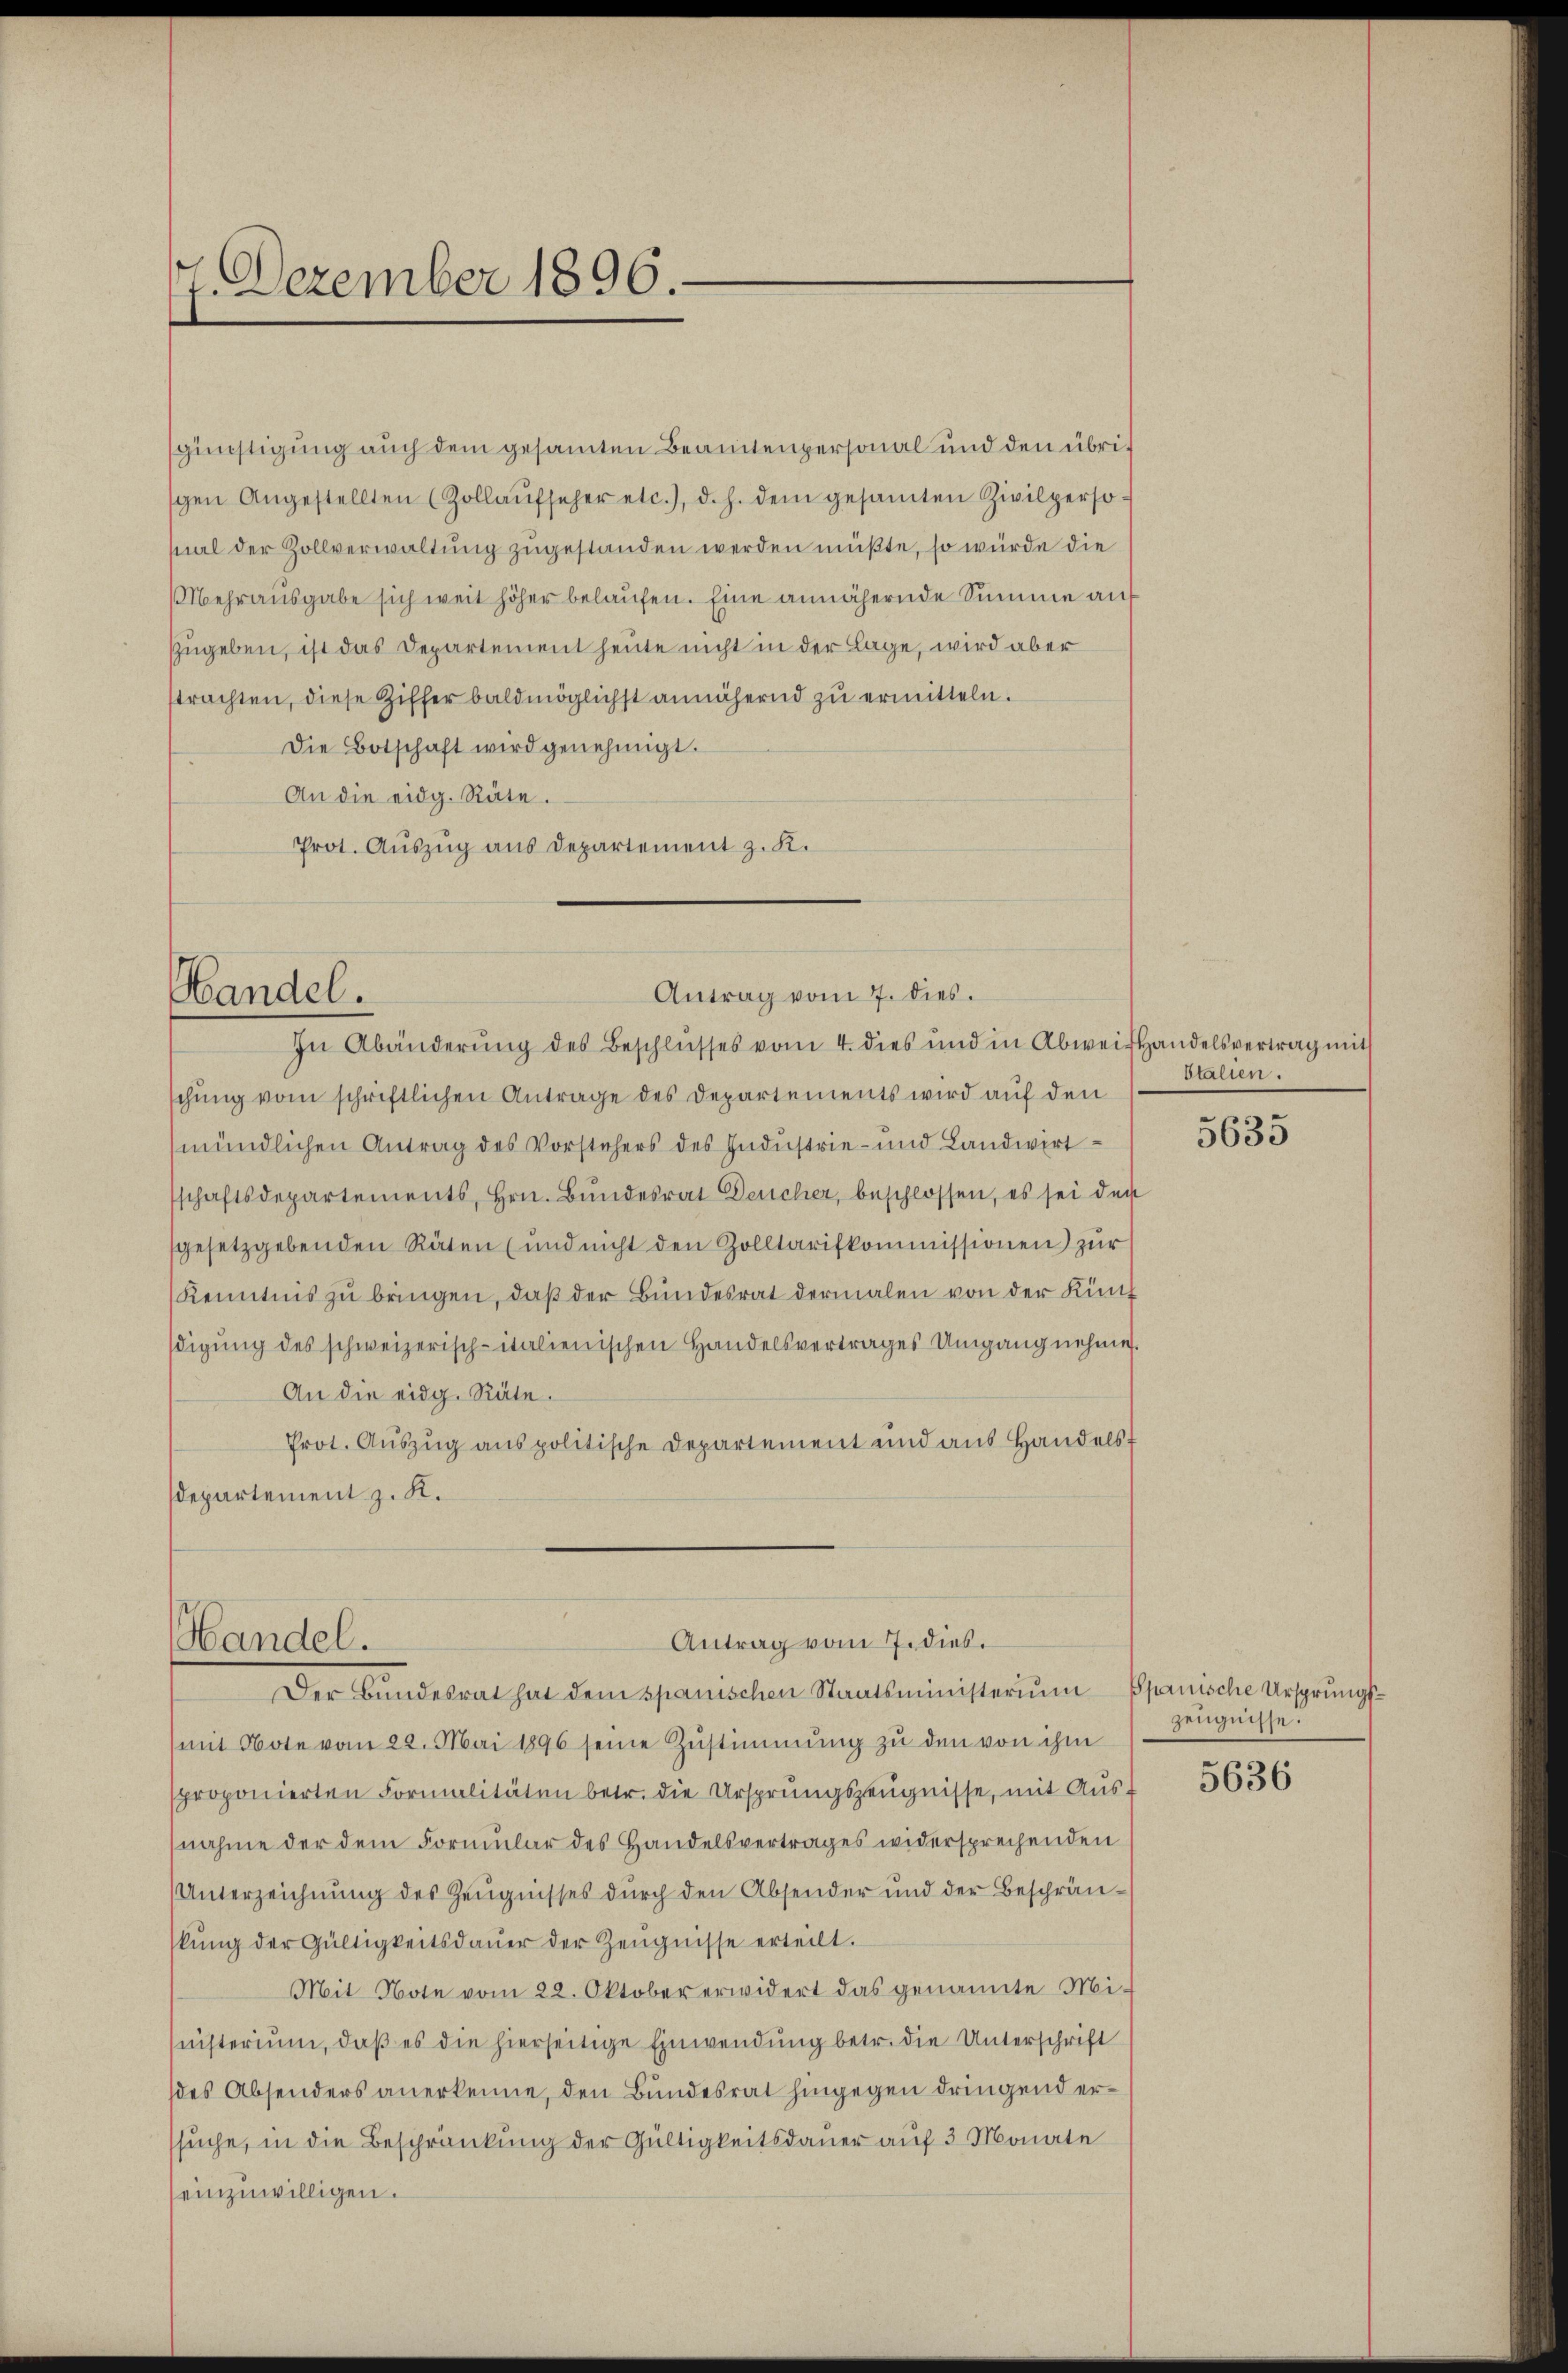
7. Dezember 1896.

sal der Zollverwaltung zugestanden werden müßte, so würde die
strachten, diese Ziffer baldmöglichst annähernd zu ermitteln.
Die Botschaft wird genehmigt.
An die eidg. Räte.
Prot. Auszug aus Departement z. K.

Handel.

Antrag vom 7. dies

Antrag vom 7. dies.
Handel.
Der Bundesrat hat dem Spanischen Staatsministerium Spanische Ursprungs¬

günstigung auch dem gesammten Beamtenpersonal und den übrigen Angestellten (Zollaŭfseher etc.), d. h. dem gesamten Zivilperso¬
Mehrausgabe sich weit höher belaufen. Eine annähernde Summe auf
zugeben, ist das Departement heute nicht in der Lage, wird aber

In Abänderŭng des Beschlusses vom 4. dies und in Abweishandelsvertrag mit
schung vom schriftlichen Antrage des Departements wird auf den
mündlichen Antrag des Vorstehers des Industrie- und Landwirt
schaftsdepartements, Hrn. Bŭndesrat Deucher, beschlossen, es sei der
sgesetzgebenden Räten (und nicht den Zolltarifkommissionen zŭr
Kenntnis zŭ bringen, daβ der Bundesrat dermalen von der Kindigung des schweizerisch-italienischen Handelsvertrages Umgang nehme.
An die eidg. Räte.
Prot. Aŭszŭg anspolitische Departement und aus Handels-
Departement z. K.

(mit Note vom 22. Mai 1896 seine Zŭstimmung zŭ den von ihm
proponierten Formalitäten betr. die Ursprŭngszeŭgnisse, mit Aŭs-
nahme der dem Formular des Handelsvertrages widersprechenden
Unterzeichnung des Zeugnisses durch den Absender und der Beschrän-
kŭng der Gültigkeitsdaŭer der Zeŭgnisse erteilt.
Mit Note vom 22. Oktober erwidert das genannte Ministerium, daß es die hierseitige Einwendung betr. die Unterschrift
des Absenders anerkenne, den Bundesrat hingegen dringend ersuche, in die Beschränkung der Gültigkeitsdauer auf 3 Monate
einzuwilligen.

Stalien.

g
3050

Zeugnisse.

5636